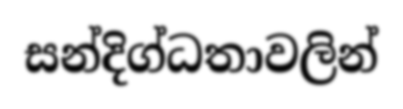
සන්දිග්ධතාවලින්